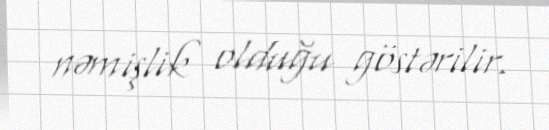
nəmişlik olduğu göstərilir.